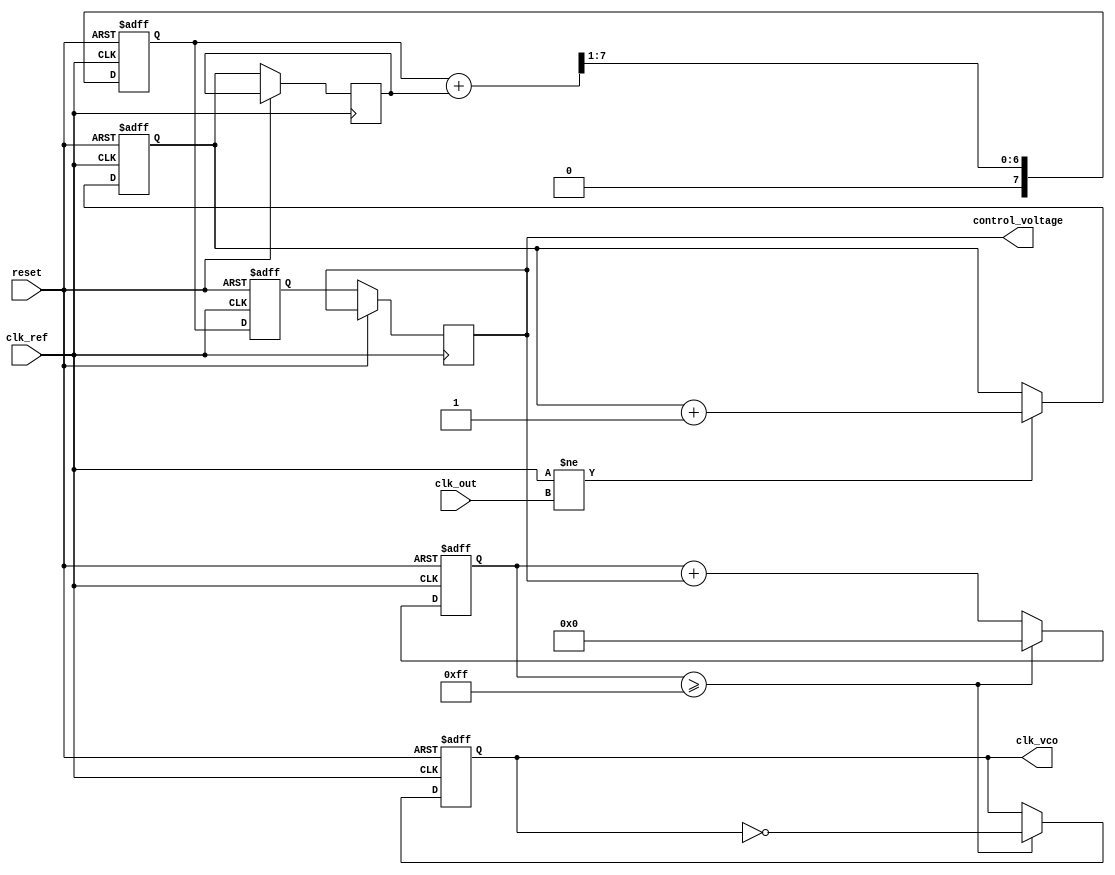
module pll (
    input wire clk_ref,            // Reference clock input
    input wire clk_out,            // Output clock from VCO
    input wire reset,              // Reset signal
    output reg clk_vco,            // VCO output clock
    output reg [7:0] control_voltage // Control voltage from loop filter
);

    // Phase Detector (PD)
    reg [7:0] phase_error;         // Phase error signal
    reg [7:0] phase_memory;        // Memory block for phase error

    // Loop Filter (LF)
    reg [7:0] loop_filter_out;     // Output of loop filter
    reg [7:0] filter_memory;       // Memory block for loop filter state

    // Voltage-Controlled Oscillator (VCO)
    reg [7:0] vco_count;           // VCO counter for generating clk_vco

    // Phase Detector Logic
    always @(posedge clk_ref or posedge reset) begin
        if (reset) begin
            phase_error <= 8'd0;
        end else begin
            // Simple phase comparison (could be more complex)
            if (clk_ref != clk_out) begin
                phase_error <= phase_error + 1;
            end
            phase_memory <= phase_error; // Store phase error
        end
    end

    // Loop Filter Logic
    always @(posedge clk_ref or posedge reset) begin
        if (reset) begin
            loop_filter_out <= 8'd0;
            filter_memory <= 8'd0;
        end else begin
            // Simple low-pass filtering (could be a more complex filter)
            loop_filter_out <= (loop_filter_out + phase_memory) >> 1; // Averaging
            filter_memory <= loop_filter_out; // Store filtered value
            control_voltage <= filter_memory; // Output control voltage
        end
    end

    // Voltage-Controlled Oscillator (VCO) Logic
    always @(posedge clk_ref or posedge reset) begin
        if (reset) begin
            vco_count <= 8'd0;
            clk_vco <= 1'b0;
        end else begin
            // Simple VCO behavior (frequency control based on control_voltage)
            vco_count <= vco_count + control_voltage;
            if (vco_count >= 8'd255) begin
                clk_vco <= ~clk_vco; // Toggle VCO output clock
                vco_count <= 8'd0;    // Reset counter
            end
        end
    end

endmodule